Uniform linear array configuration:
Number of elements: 12
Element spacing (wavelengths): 0.25
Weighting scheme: exponential
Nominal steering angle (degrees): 45
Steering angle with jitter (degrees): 46.442
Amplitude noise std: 0.05
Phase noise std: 0.05

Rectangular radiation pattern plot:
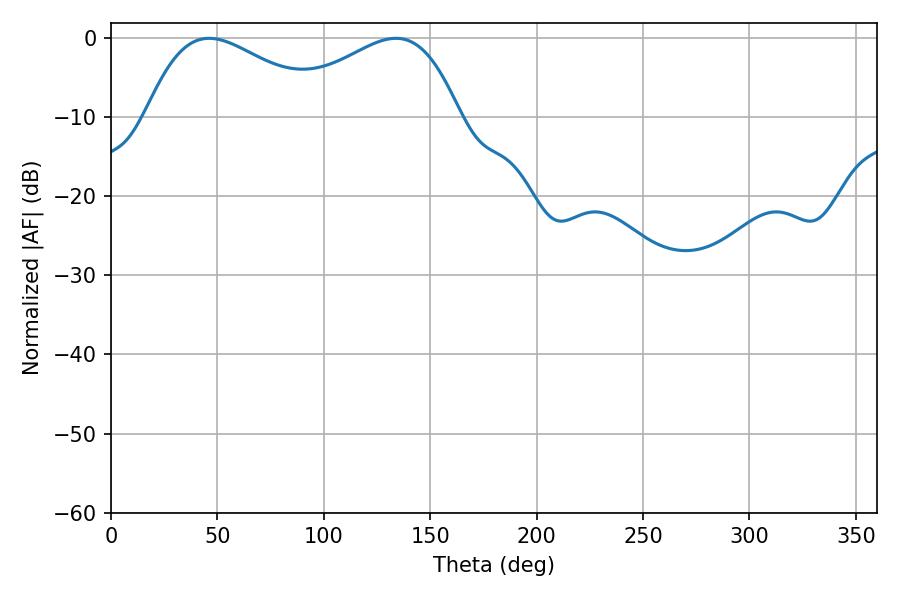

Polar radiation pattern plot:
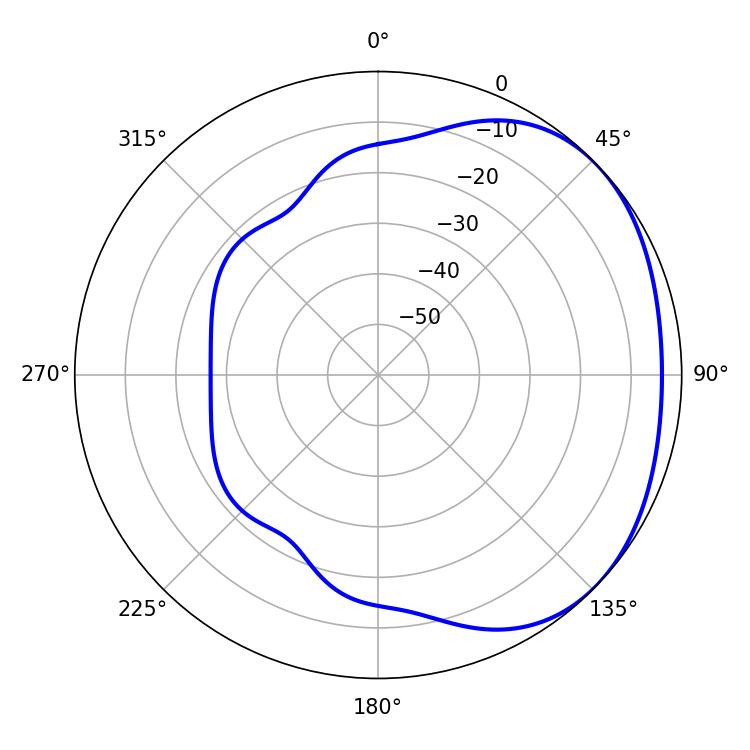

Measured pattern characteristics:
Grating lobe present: FALSE
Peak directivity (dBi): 2.099
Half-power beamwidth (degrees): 46.08
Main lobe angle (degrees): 46.08